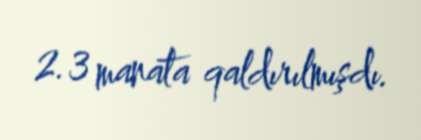
2.3 manata qaldırılmışdı.